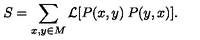
S = \sum _ { x , y \in M } { \mathcal { L } } [ P ( x , y ) \: P ( y , x ) ] .